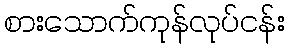
စားသောက်ကုန်လုပ်ငန်း